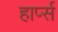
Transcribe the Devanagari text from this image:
हार्प्स